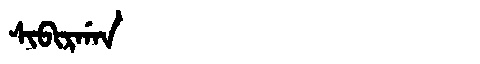
Manchu: ᠰᡳᠪᡳᡵᡤᠠᠨ
Romanization: SIBIRGAN